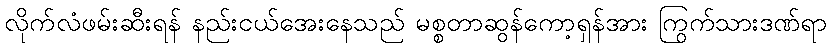
လိုက်လံဖမ်းဆီးရန် နည်းငယ်အေးနေသည် မစ္စတာဆွန်ကော့ရှန်အား ကြွက်သားဒဏ်ရာ